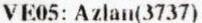
VE05: AZLAN(3737)